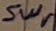
Text: Swr